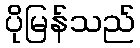
ပိုမြန်သည်